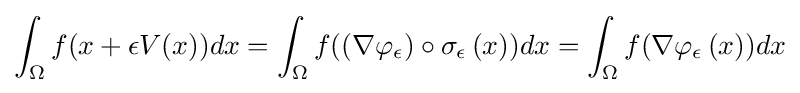
\int _{\Omega }f(x+\epsilon V(x))dx=\int _{\Omega }f((\nabla \varphi _{\epsilon })\circ \sigma _{\epsilon }\left(x\right))dx=\int _{\Omega }f(\nabla \varphi _{\epsilon }\left(x\right))dx